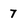
Character: 7